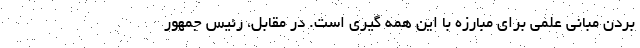
بردن مبانی علمی برای مبارزه با این همه گیری است. در مقابل، رئیس جمهور